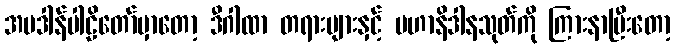
အပဒါန်ပါဠိတော်မှာတော့ ဒီဂါထာ တရားများနှင့် မဟာနိဒါနသုတ်ကို ကြားနာပြီးတော့